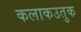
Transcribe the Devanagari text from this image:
कलाकउतुक